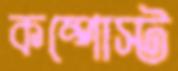
কম্পোস্ট